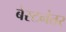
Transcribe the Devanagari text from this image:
बेस्टनंतर